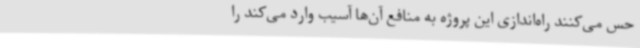
حس می‌کنند راه‌اندازی این پروژه به منافع آن‌ها آسیب وارد می‌کند را